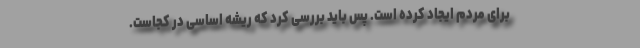
برای مردم ایجاد کرده است. پس باید بررسی کرد که ریشه اساسی در کجاست.